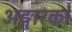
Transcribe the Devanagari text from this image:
अङ्गारको